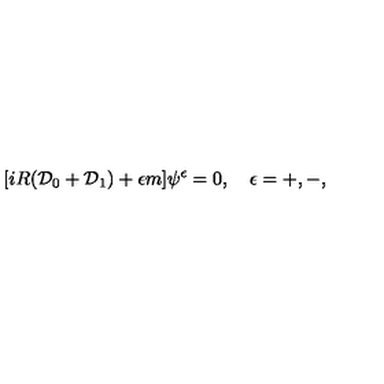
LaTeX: [ i R ( { \cal D } _ { 0 } + { \cal D } _ { 1 } ) + \epsilon m ] \psi ^ { \epsilon } = 0 , \quad \epsilon = + , - ,